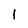
Character: I